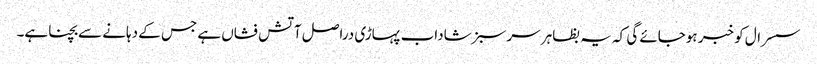
سسرال کو خبر ہوجائے گی کہ یہ بظاہر سرسبز شاداب پہاڑی دراصل آتش فشاں ہے جس کے دہانے سے بچنا ہے۔